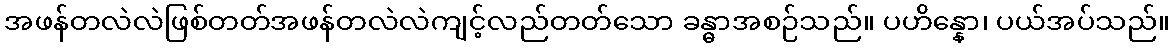
အဖန်တလဲလဲဖြစ်တတ်အဖန်တလဲလဲကျင့်လည်တတ်သော ခန္ဓာအစဉ်သည်။ ပဟိန္နော၊ ပယ်အပ်သည်။